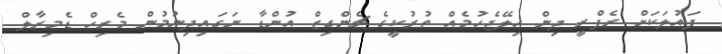
ފައުލަކަށް ރެފްރީ ދިން ހިލޭޖެހުމެއް ތުރުކީގެ ޗެންގިޒް އުންޑާ ނަގައިދިނުމުން މެރިހް ޑެމިރާލް